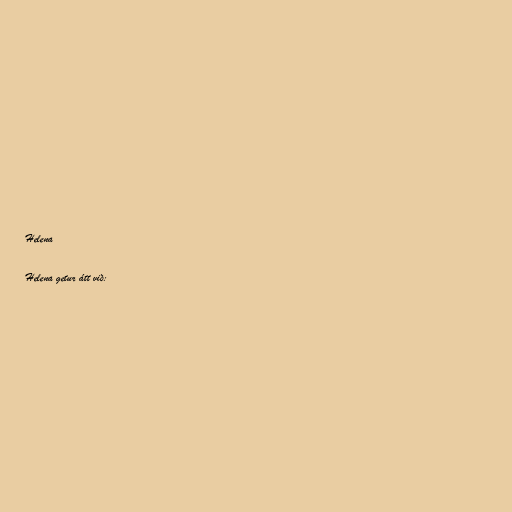
Helena

Helena getur átt við: